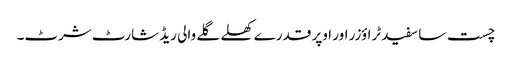
چست سا سفید ٹراؤزر اور اوپر قدرے کھلے گلے والی ریڈ شارٹ شرٹ۔